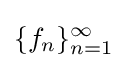
\{f_{n}\}_{n=1}^{\infty }